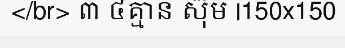
</br> ៣ ៤គ្មាន ស៊ុម |150x150